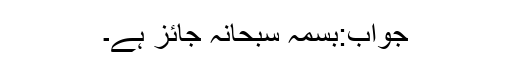
جواب:بسمہ سبحانہ جائز ہے۔